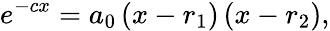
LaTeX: e^{-cx}=a_{0}\left(x-r_{1}\right)\left(x-r_{2}\right),